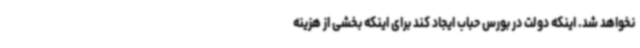
نخواهد شد. اینکه دولت در بورس حباب ایجاد کند برای اینکه بخشی از هزینه